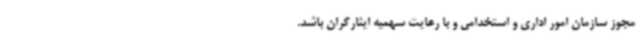
مجوز سازمان امور اداری و استخدامی و با رعایت سهمیه ایثارگران باشد.